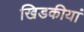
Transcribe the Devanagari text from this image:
खिडकीयां